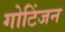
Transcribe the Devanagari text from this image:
गोटिंजन